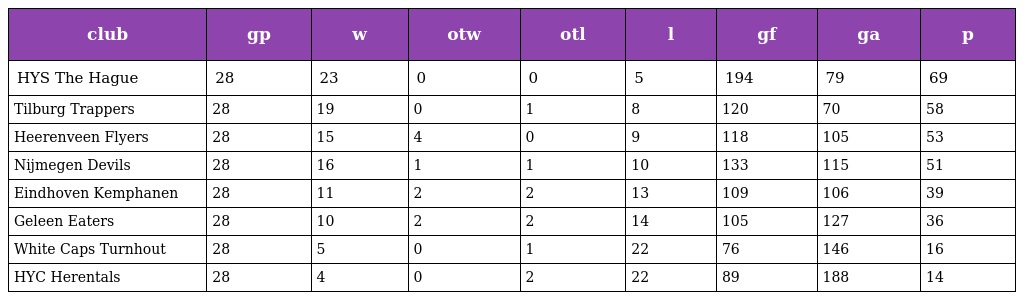
| club | gp | w | otw | otl | l | gf | ga | p |
 | --- | --- | --- | --- | --- | --- | --- | --- | --- |
 | HYS The Hague | 28 | 23 | 0 | 0 | 5 | 194 | 79 | 69 |
 | Tilburg Trappers | 28 | 19 | 0 | 1 | 8 | 120 | 70 | 58 |
 | Heerenveen Flyers | 28 | 15 | 4 | 0 | 9 | 118 | 105 | 53 |
 | Nijmegen Devils | 28 | 16 | 1 | 1 | 10 | 133 | 115 | 51 |
 | Eindhoven Kemphanen | 28 | 11 | 2 | 2 | 13 | 109 | 106 | 39 |
 | Geleen Eaters | 28 | 10 | 2 | 2 | 14 | 105 | 127 | 36 |
 | White Caps Turnhout | 28 | 5 | 0 | 1 | 22 | 76 | 146 | 16 |
 | HYC Herentals | 28 | 4 | 0 | 2 | 22 | 89 | 188 | 14 |